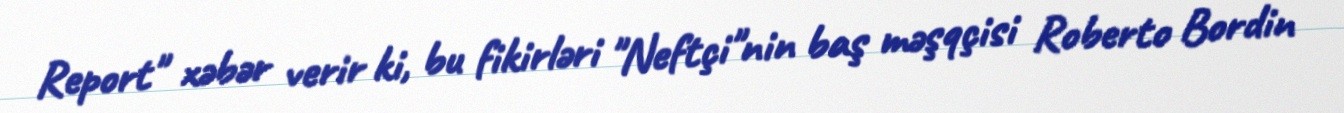
Report" xəbər verir ki, bu fikirləri "Neftçi"nin baş məşqçisi Roberto Bordin